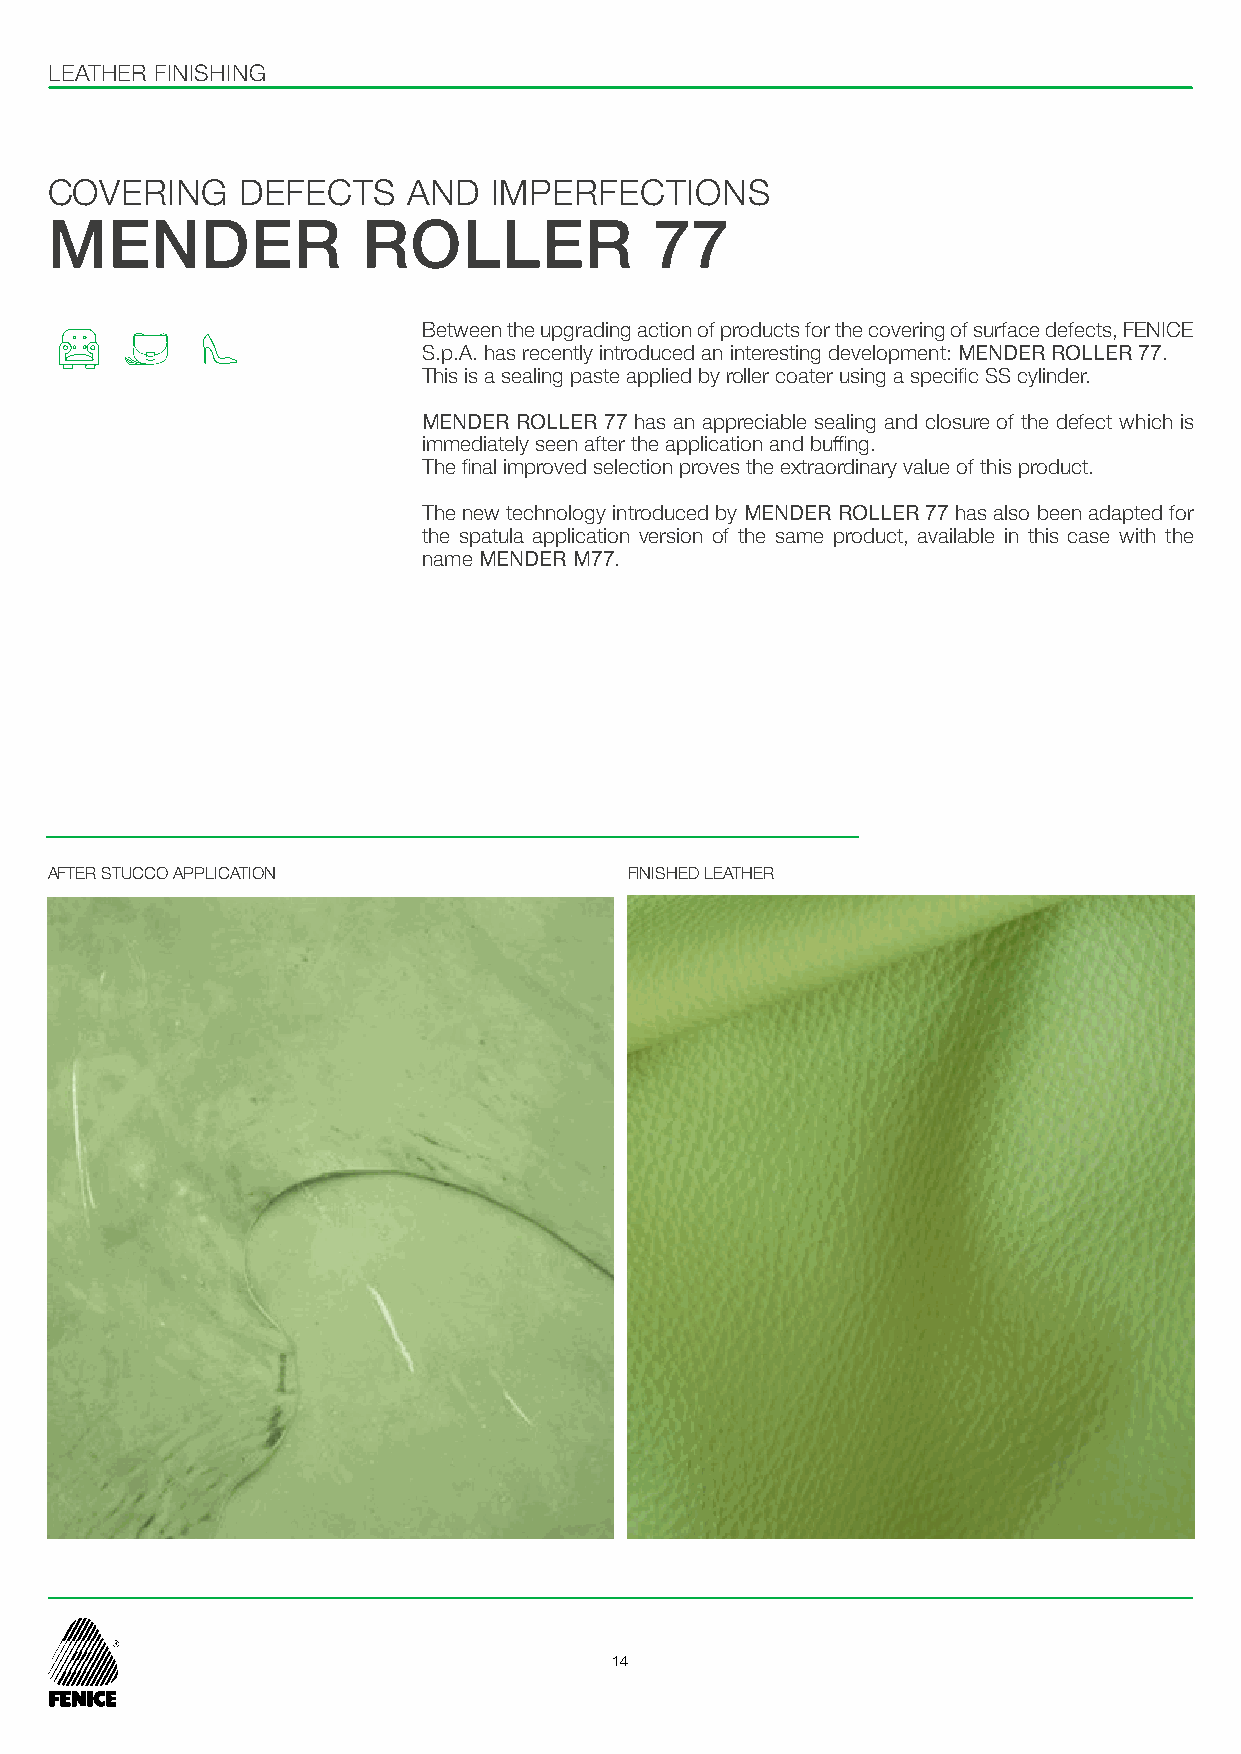
LEATHER FINISHING
 COVERING     DEFECTS    AND   IMPERFECTIONS
 MENDER               ROLLER             77
 Between the upgrading action of products for the covering of surface defects, FENICE
 S.p.A. has recently introduced an interesting development: MENDER ROLLER 77.
 This is a sealing paste applied by roller coater using a specific SS cylinder.
 MENDER ROLLER 77 has an appreciable sealing and closure of the defect which is
 immediately seen after the application and buffing.
 The final improved selection proves the extraordinary value of this product.
 The new technology introduced by MENDER ROLLER 77 has also been adapted for
 the spatula application version of the same product, available in this case with the
 name MENDER M77.
 AFTER STUCCO APPLICATION               FINISHED LEATHER
 14